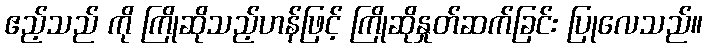
ဧည့်သည် ကို ကြိုဆိုသည့်ဟန်ဖြင့် ကြိုဆိုနှုတ်ဆက်ခြင်း ပြုလေသည်။